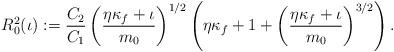
LaTeX: \begin{align*} R_0^2(\iota) := \frac{C_2}{C_1} \left(\frac{\eta\kappa_f+\iota}{m_0}\right)^{1/2} \left( \eta\kappa_f+1 + \left( \frac{\eta\kappa_f+\iota}{m_0} \right)^{3/2} \right).\end{align*}